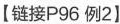
【链接Р96例2】